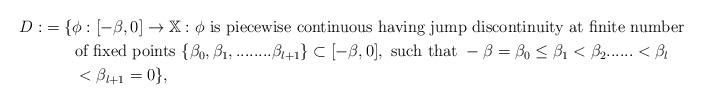
LaTeX: \begin{align*} D:&=\{\phi: [-\beta,0]\rightarrow \mathbb{X}: \phi \ \mbox{is piecewise continuous having jump discontinuity at finite number}\ \\ &\qquad\mbox{of fixed points}\ \{\beta_0,\beta_1,........\beta_{l+1}\}\subset[-\beta,0], \ \mbox{such that}\ -\beta=\beta_0\leq\beta_1<\beta_2......<\beta_l\\&\qquad<\beta_{l+1}=0 \},\end{align*}